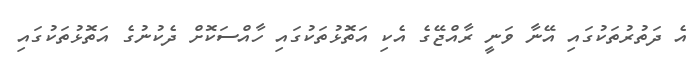
އެ ދަތުރުތަކުގައި އޭނާ ވަނީ ރާއްޖޭގެ އެކި އަތޮޅުތަކުގައި ހާއްސަކޮށް ދެކުނުގެ އަތޮޅުތަކުގައި